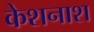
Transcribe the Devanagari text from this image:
केशनाश